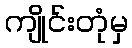
ကျိုင်းတုံမှ